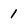
Character: 1